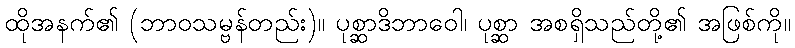
ထိုအနက်၏ (ဘာဝသမ္ဗန်တည်း)။ ပုစ္ဆာဒိဘာဝေါ၊ ပုစ္ဆာ အစရှိသည်တို့၏ အဖြစ်ကို။